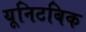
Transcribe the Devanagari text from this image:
यूनिटबिक